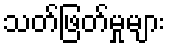
သတ်ဖြတ်မှုများ